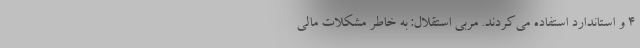
۴ و استاندارد استفاده می‌کردند. مربی استقلال: به خاطر مشکلات مالی